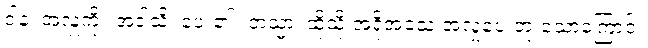
ဒါနံ၊ အလှူကို။ အဒါသိ၊ ပေး၏။ တသ္မာ၊ ထိုသို့ အရိုအသေ အလှုပေးဘူးသောကြောင့်။